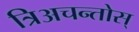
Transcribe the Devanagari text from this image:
त्रिअचन्तोस्